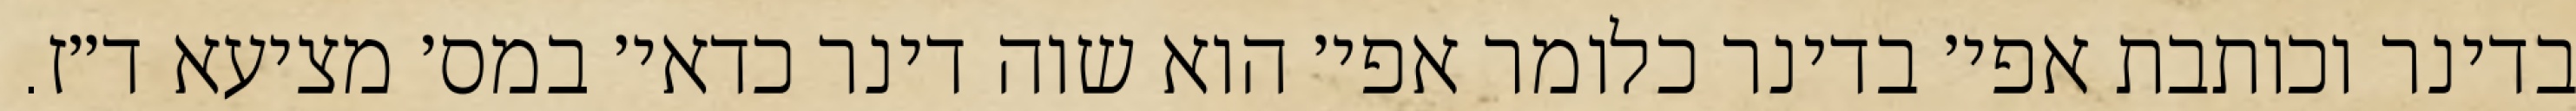
בדינר וכותבת אפי׳ בדינר כלומר אפי׳ הוא שוה דינר כדאי׳ במס׳ מציעא ד״ז.